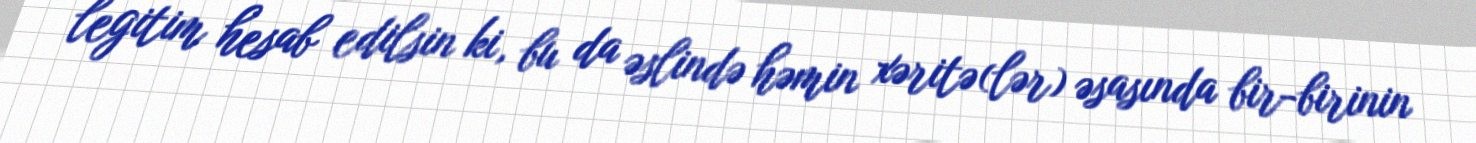
legitim hesab edilsin ki, bu da əslində həmin xəritə(lər) əsasında bir-birinin